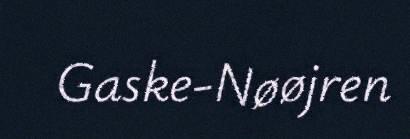
Gaske-Nøøjren